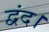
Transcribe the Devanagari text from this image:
द्वंद।